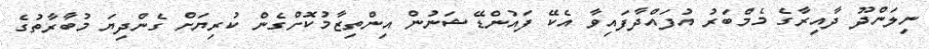
ނިލަންދޫ ދާއިރާގެ މެމްބަރު އުފައްދާފައިވާ އެކޭ ފައުންޑޭޝަނުން އިންތިޒާމުކޮށްގެން ކުރިޔަށް ގެންދިޔަ މުބާރާތުގެ